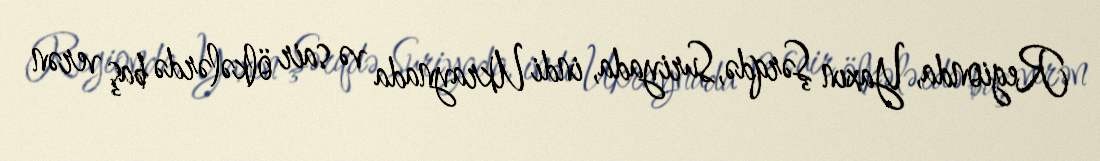
Regionda, Yaxın Şərqdə, Suriyada, indi Ukraynada və sair ölkələrdə baş verən